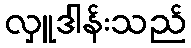
လှူဒါန်းသည်